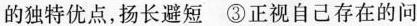
的独特优点，扬长避短③正视自己存在的问